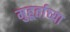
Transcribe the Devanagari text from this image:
मुहूर्ताच्या